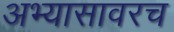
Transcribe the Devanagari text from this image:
अभ्यासावरच